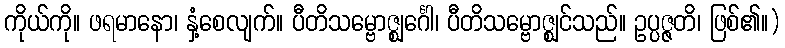
ကိုယ်ကို။ ဖရမာနော၊ နှံ့စေလျက်။ ပီတိသမ္ဗောဇ္ဈင်္ဂေါ၊ ပီတိသမ္ဗောဇ္ဈင်သည်။ ဥပ္ပဇ္ဇတိ၊ ဖြစ်၏။)